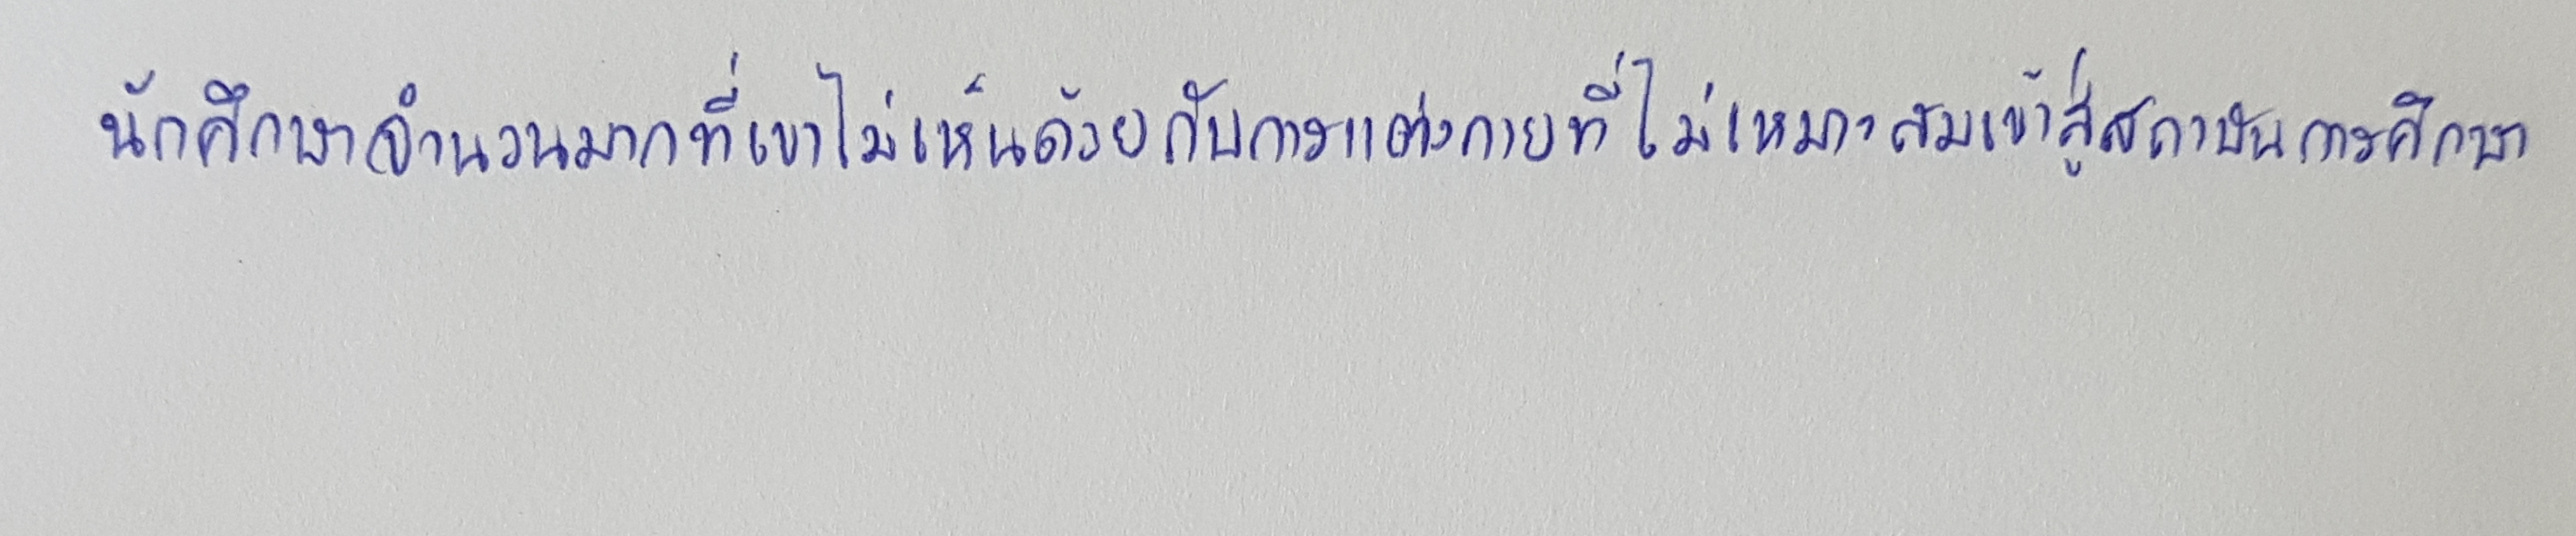
นักศึกษาจำนวนมากที่เขาไม่เห็นด้วยกับการแต่งกายที่ไม่เหมาะสมเข้าสู่สถาบันการศึกษา